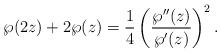
LaTeX: \begin{align*}\wp(2z)+2\wp(z)=\frac{1}{4}\left( \frac{\wp^{\prime \prime}(z)}{\wp^{\prime}(z)}\right) ^{2}. \end{align*}